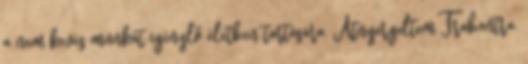
a nem kevés munkát igénylő életben tartására. Átnyergeltem Trabantra.